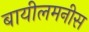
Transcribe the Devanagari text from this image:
बायीलमनीस